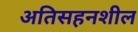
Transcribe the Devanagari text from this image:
अतिसहनशील